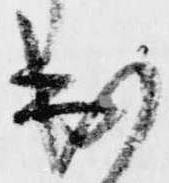
出